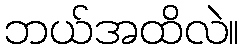
ဘယ်အထိလဲ။